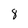
Character: 8